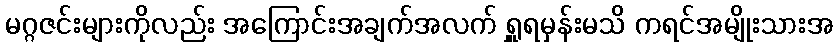
မဂ္ဂဇင်းများကိုလည်း အကြောင်းအချက်အလက် ရှူရမှန်းမသိ ကရင်အမျိုးသားအ